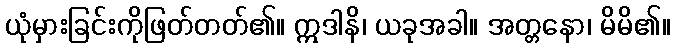
ယုံမှားခြင်းကိုဖြတ်တတ်၏။ ဣဒါနိ၊ ယခုအခါ။ အတ္တနော၊ မိမိ၏။